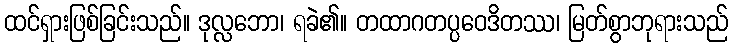
ထင်ရှားဖြစ်ခြင်းသည်။ ဒုလ္လဘော၊ ရခဲ၏။ တထာဂတပ္ပဝေဒိတဿ၊ မြတ်စွာဘုရားသည်